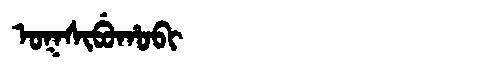
Manchu: ᠣᡴᠰᡳᠪᡠᡥᠣᠪᡳ
Romanization: OKSIBUHOBI